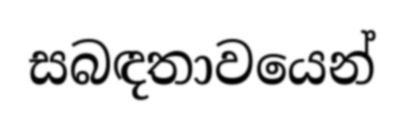
සබඳතාවයෙන්